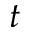
t